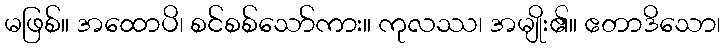
မဖြစ်။ အထောပိ၊ စင်စစ်သော်ကား။ ကုလဿ၊ အမျိုး၏။ ဧတာဒိသော၊